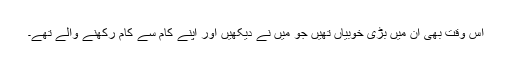
اس وقت بھی ان میں بڑی خوبیاں تھیں جو مَیں نے دیکھیں اور اپنے کام سے کام رکھنے والے تھے۔